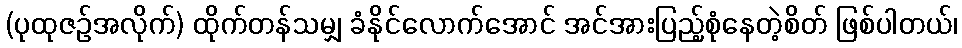
(ပုထုဇဉ်အလိုက်) ထိုက်တန်သမျှ ခံနိုင်လောက်အောင် အင်အားပြည့်စုံနေတဲ့စိတ် ဖြစ်ပါတယ်၊